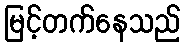
မြင့်တက်နေသည်